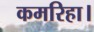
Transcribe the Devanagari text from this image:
कमरिहा।